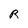
Character: R